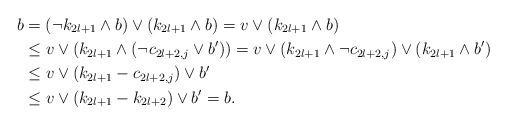
LaTeX: \begin{align*} b &=(\neg k_{2l+1}\wedge b)\vee(k_{2l+1}\wedge b)= v\vee(k_{2l+1}\wedge b)\\ &\leq v\vee(k_{2l+1}\wedge (\neg c_{2l+2,j}\vee b'))=v\vee(k_{2l+1}\wedge\neg c_{2l+2,j})\vee (k_{2l+1}\wedge b')\\ &\leq v\vee(k_{2l+1}- c_{2l+2,j})\vee b'\\ &\leq v\vee(k_{2l+1}- k_{2l+2})\vee b'=b. \end{align*}